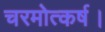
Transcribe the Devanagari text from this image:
चरमोत्कर्ष।